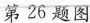
第26题图